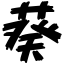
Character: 葵